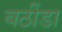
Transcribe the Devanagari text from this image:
बठींडा